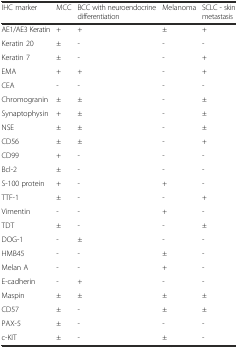
| IHC marker | MCC | BCC with neuroendocrine differentiation | Melanoma | SCLC - skin metastasis |
 | --- | --- | --- | --- | --- |
 | AE1/AE3 Keratin | + | + | ± | + |
 | Keratin 20 | ± | - | - | - |
 | Keratin 7 | ± | - | - | + |
 | EMA | + | + | - | + |
 | CEA | - | - | - | - |
 | Chromogranin | ± | ± | - | ± |
 | Synaptophysin | + | ± | - | ± |
 | NSE | ± | ± | - | ± |
 | CD56 | ± | ± | - | + |
 | CD99 | + | - | - | - |
 | Bcl-2 | ± | - | - | - |
 | S-100 protein | + | - | + | - |
 | TTF-1 | ± | - | - | + |
 | Vimentin | - | - | + | - |
 | TDT | ± | - | - | ± |
 | DOG-1 | - | ± | - | - |
 | HMB45 | - | - | ± | - |
 | Melan A | - | - | + | - |
 | E-cadherin | - | + | - | - |
 | Maspin | ± | ± | ± | ± |
 | CD57 | ± | - | ± | ± |
 | PAX-5 | ± | - | - | - |
 | c-KIT | ± | - | ± | - |